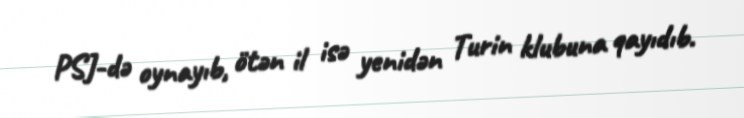
PSJ-də oynayıb, ötən il isə yenidən Turin klubuna qayıdıb.